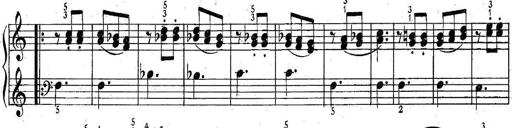
Title: 6 Easy Sonatinas
Composer: Carl Czerny